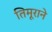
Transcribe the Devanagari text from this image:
तिमूराने